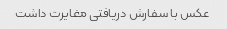
عکس با سفارش دریافتی مغایرت داشت